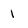
Character: 1